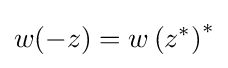
w(-z)=w\left(z^{*}\right)^{*}